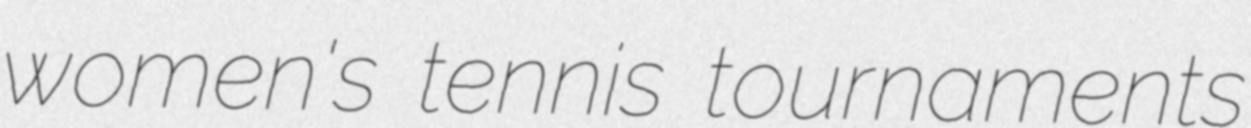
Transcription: women's tennis tournaments